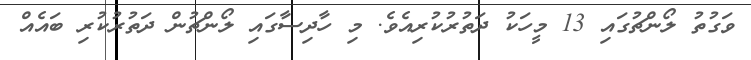
ވަގުތު ލޯންޗުގައި 13 މީހަކު ދަތުރުކުރިއެެވެ. މި ހާދިސާގައި ލޯންޗުން ދަތުރުކުރި ބައެއް